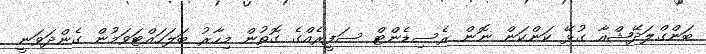
ބަންގްލަދޭޝްއާ ގުޅޭ ކަންކަން ނޮން ރެސިޑެންޓް ސަފީރެއްގެ ގޮތުން މިހާރު ބަލަހައްޓަވަމުން ގެންދަވަނީ